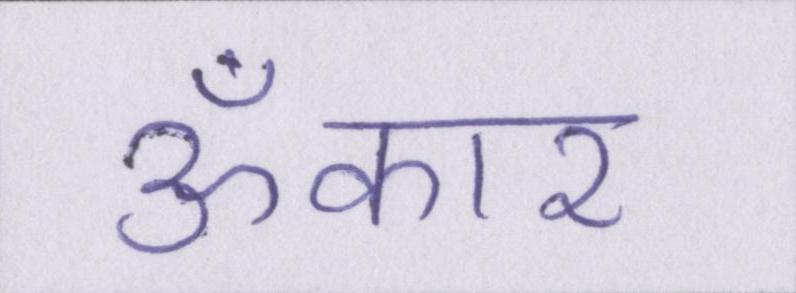
ॐकार